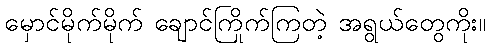
မှောင်မိုက်မိုက် ချောင်ကြိုက်ကြတဲ့ အရွယ်တွေကိုး။